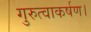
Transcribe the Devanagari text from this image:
गुरुत्वाकर्षण।